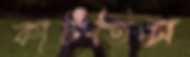
কাটতিস